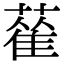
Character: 𦻃